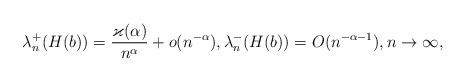
LaTeX: \begin{align*}\lambda_n^+(H(b))=\frac{\varkappa(\alpha)}{n^\alpha}+o(n^{-\alpha}), \lambda_n^-(H(b))=O(n^{-\alpha-1}),n\to\infty,\end{align*}